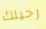
رحيلك